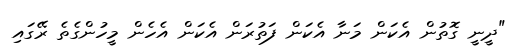
"ދީނީ ގޮތުން އެކަން މަނާ އެކަން ފަތުރަން އެކަން އެހެން މީހުންގެތެ ރޭގައި